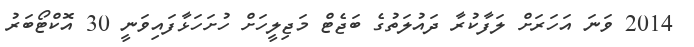
2014 ވަނަ އަހަރަށް ލަފާކުރާ ދައުލަތުގެ ބަޖެޓް މަޖިލީހަށް ހުށަހަޅާފައިވަނީ 30 އޮކްޓޯބަރު